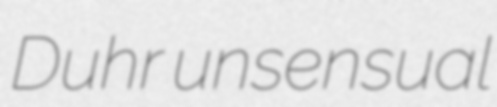
Duhr unsensual